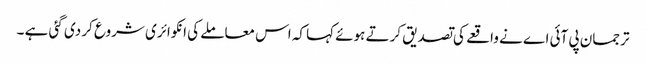
ترجمان پی آئی اے نے واقعے کی تصدیق کرتے ہوئے کہا کہ اس معاملے کی انکوائری شروع کر دی گئی ہے ۔